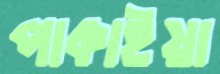
পাকাইয়া